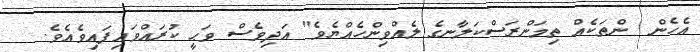
އެހެން  ންތަކެއް ތިމަންރަސްކަލާނގެ ލެއްވިންހެއްޔެވެ" އަދިވެސް ވަޙީ ކުރައްވައިފައިވެއެވެ.